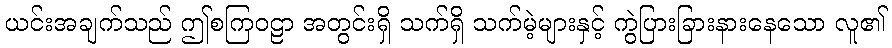
ယင်းအချက်သည် ဤစကြဝဠာ အတွင်းရှိ သက်ရှိ သက်မဲ့များနှင့် ကွဲပြားခြားနားနေသော လူ၏